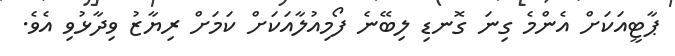
ޕާޓީއަކަށް އެންމެ ގިނަ ގޮނޑި ލިބޭނެ ފޯމިއުލާއަކަށް ކަމަށް ރިޔާޒު ވިދާޅުވި އެވެ.